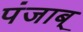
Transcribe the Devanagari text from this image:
पंजाब्